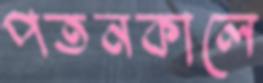
পতনকালে